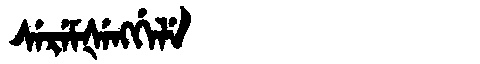
Manchu: ᠰᡝᡵᡝᠮᡧᡝᠩᡤᡝᠯᡝ
Romanization: SEREMŠENGGELE